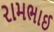
રામભાઈ